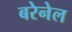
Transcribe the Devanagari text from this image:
बरेनेल